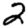
Digit: 2